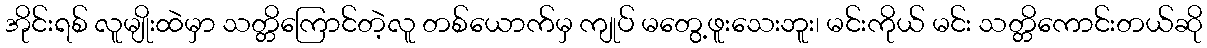
အိုင်းရစ် လူမျိုးထဲမှာ သတ္တိကြောင်တဲ့လူ တစ်ယောက်မှ ကျုပ် မတွေ့ဖူးသေးဘူး၊ မင်းကိုယ် မင်း သတ္တိကောင်းတယ်ဆို